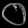
Digit: ၀